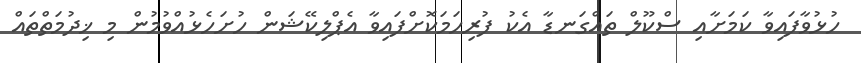
ހުޅުވާފައިވާ ކަމަށާއި ސްކޫލް ތައްގަނޑާ އެކު ފުރިހަމަކޮށްފައިވާ އެޕްލިކޭޝަން ހުށަހެޅުއްވުމުން މި ޚިދުމަތްތައް